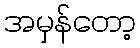
အမှန်တော့